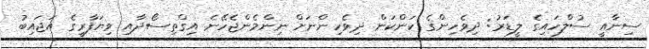
ސިނާއީ ސުލްހައިގެ ލީޑަރު: ދިވެހިންގެ ކަންކަން ދިވެހިންނަށް ނިންމެންޖެހޭނެ އިގްތިސޯދާއި ވިޔަފާރީގެ އަޖައިބު